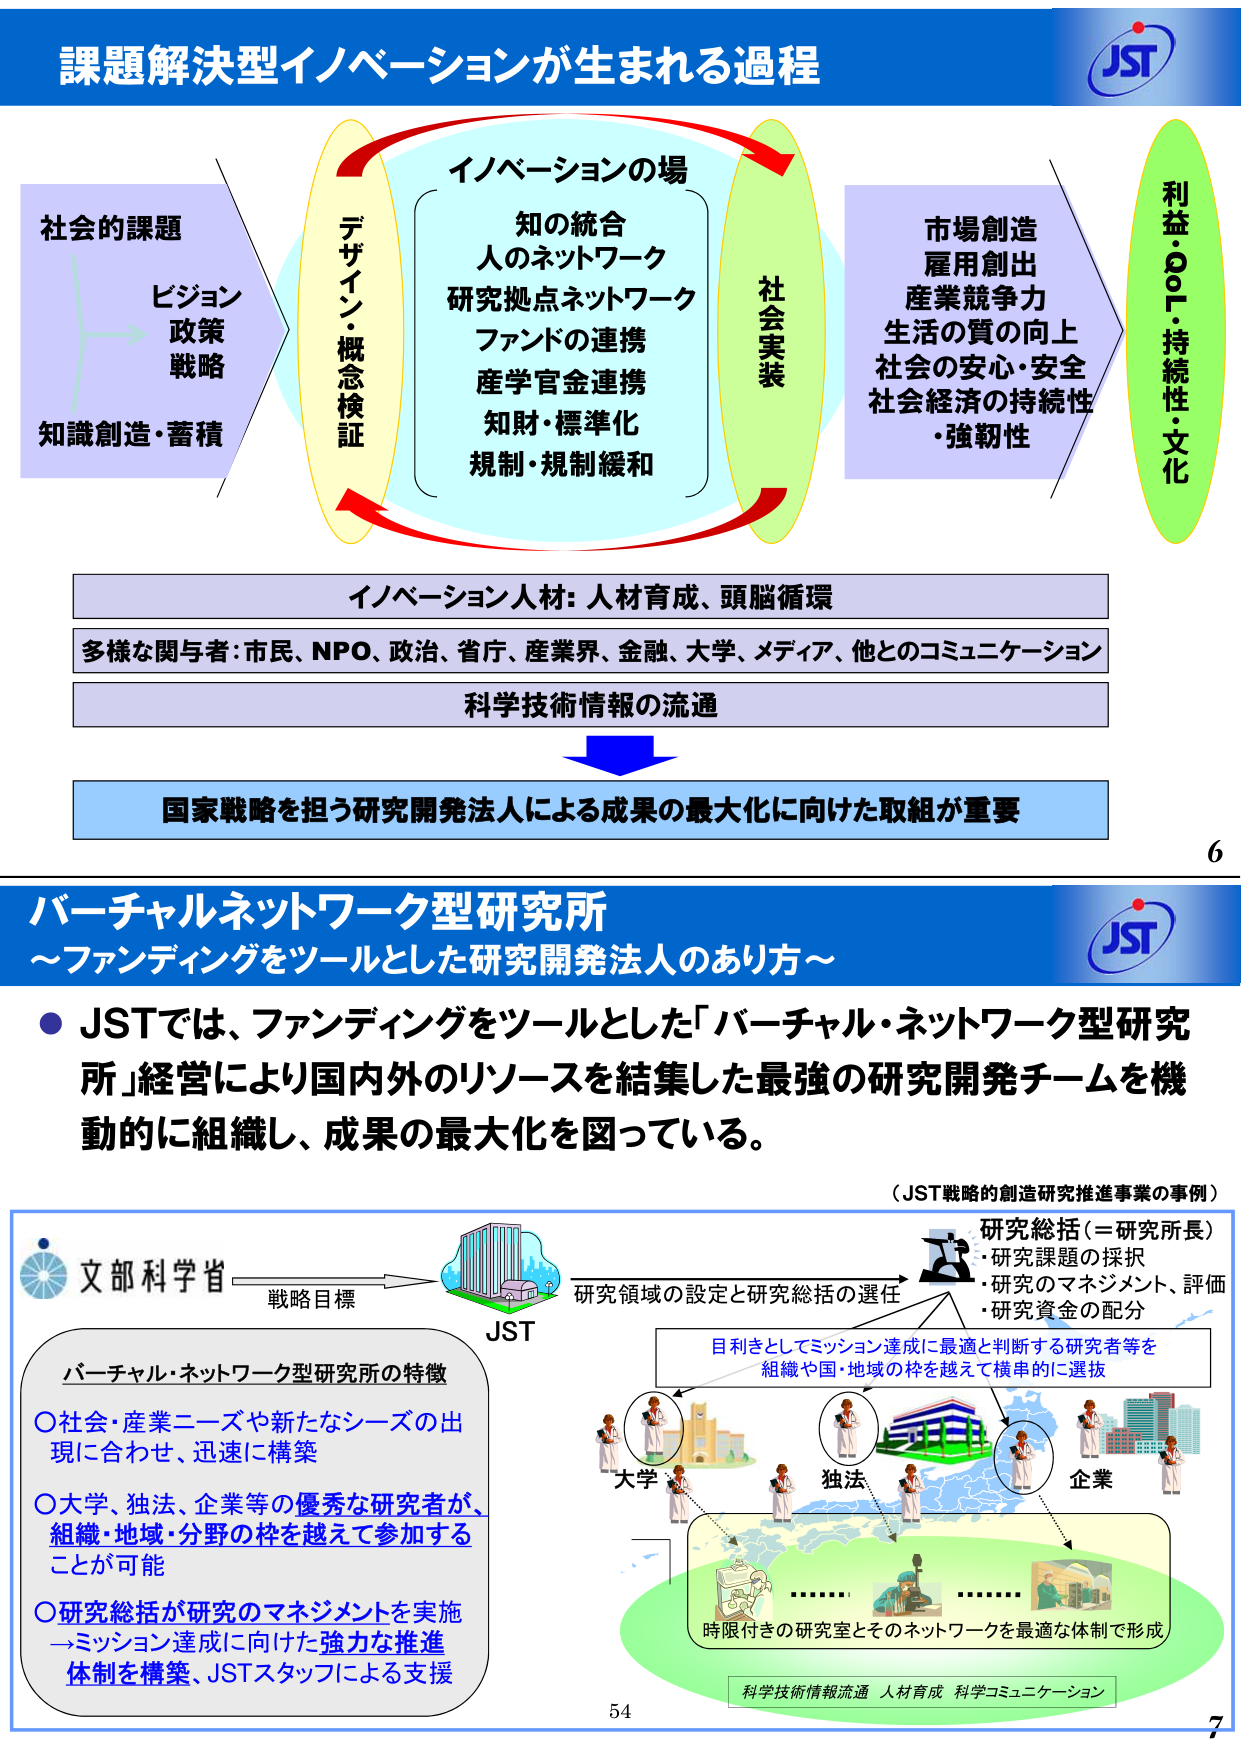
課題解決型イノベーションが生まれる過程

社会的課題
ビジョン
政策
戦略
知識創造・蓄積

デザイン・概念検証

イノベーションの場
知の統合
人のネットワーク
研究拠点ネットワーク
ファンドの連携
産学官金連携
知財・標準化
規制・規制緩和

社会実装

市場創造
雇用創出
産業競争力
生活の質の向上
社会の安心・安全
社会経済の持続性
・強靭性

利益・QoL・持続性・文化

イノベーション人材：人材育成、頭脳循環

多様な関与者：市民、NPO、政治、省庁、産業界、金融、大学、メディア、他とのコミュニケーション

科学技術情報の流通

国家戦略を担う研究開発法人による成果の最大化に向けた取組が重要

6

バーチャルネットワーク型研究所
～ファンディングをツールとした研究開発法人のあり方～

● JSTでは、ファンディングをツールとした「バーチャル・ネットワーク型研究所」経営により国内外のリソースを結集した最強の研究開発チームを機動的に組織し、成果の最大化を図っている。

（JST戦略的創造研究推進事業の事例）

文部科学省
戦略目標
JST
研究領域の設定と研究総括の選任

研究総括（＝研究所長）
・研究課題の採択
・研究のマネジメント、評価
・研究資金の配分

目利きとしてミッション達成に最適と判断する研究者等を
組織や国・地域の枠を越えて構串的に選抜

大学
独法
企業

バーチャル・ネットワーク型研究所の特徴
〇社会・産業ニーズや新たなシーズの出現に合わせ、迅速に構築
〇大学、独法、企業等の優秀な研究者が、組織・地域・分野の枠を越えて参加することが可能
〇研究総括が研究のマネジメントを実施
→ミッション達成に向けた強力な推進体制を構築、JSTスタッフによる支援

時限付きの研究室とそのネットワークを最適な体制で形成

科学技術情報流通 人材育成 科学コミュニケーション

54

JST

7